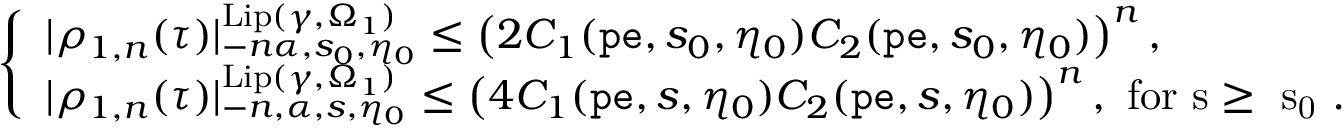
\begin{array} { r } { \left\{ \begin{array} { l l } { | \rho _ { 1 , n } ( \tau ) | _ { - n \alpha , s _ { 0 } , \eta _ { 0 } } ^ { \mathrm { L i p } ( \gamma , \Omega _ { 1 } ) } \le \left( 2 C _ { 1 } ( \mathtt { p e } , s _ { 0 } , \eta _ { 0 } ) C _ { 2 } ( \mathtt { p e } , s _ { 0 } , \eta _ { 0 } ) \right) ^ { n } , } \\ { | \rho _ { 1 , n } ( \tau ) | _ { - n , \alpha , s , \eta _ { 0 } } ^ { \mathrm { L i p } ( \gamma , \Omega _ { 1 } ) } \le \left( 4 C _ { 1 } ( \mathtt { p e } , s , \eta _ { 0 } ) C _ { 2 } ( \mathtt { p e } , s , \eta _ { 0 } ) \right) ^ { n } , \mathrm { ~ f o r ~ s \ge ~ s _ 0 ~ . } } \end{array} \right. } \end{array}